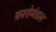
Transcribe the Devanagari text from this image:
कारोमंडल